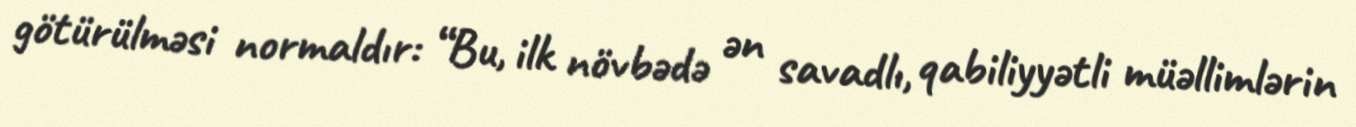
götürülməsi normaldır: “Bu, ilk növbədə ən savadlı, qabiliyyətli müəllimlərin